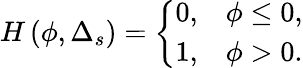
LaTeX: H\left(\phi,\Delta_{s}\right)=\left\{ \begin{array}{ll}{0,}&{\phi\leq 0,}\\ {1,}&{\phi>0.}\end{array}\right.